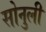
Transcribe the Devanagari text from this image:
सोनुली